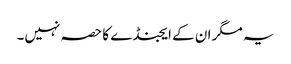
یہ مگر ان کے ایجنڈے کا حصہ نہیں۔